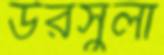
উরসুলা